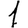
Digit: 1